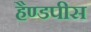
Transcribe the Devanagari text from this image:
हैण्डपीस